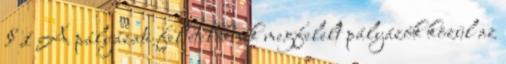
§ 1 A pályázati feltételeknek megfelelt pályázók közül az